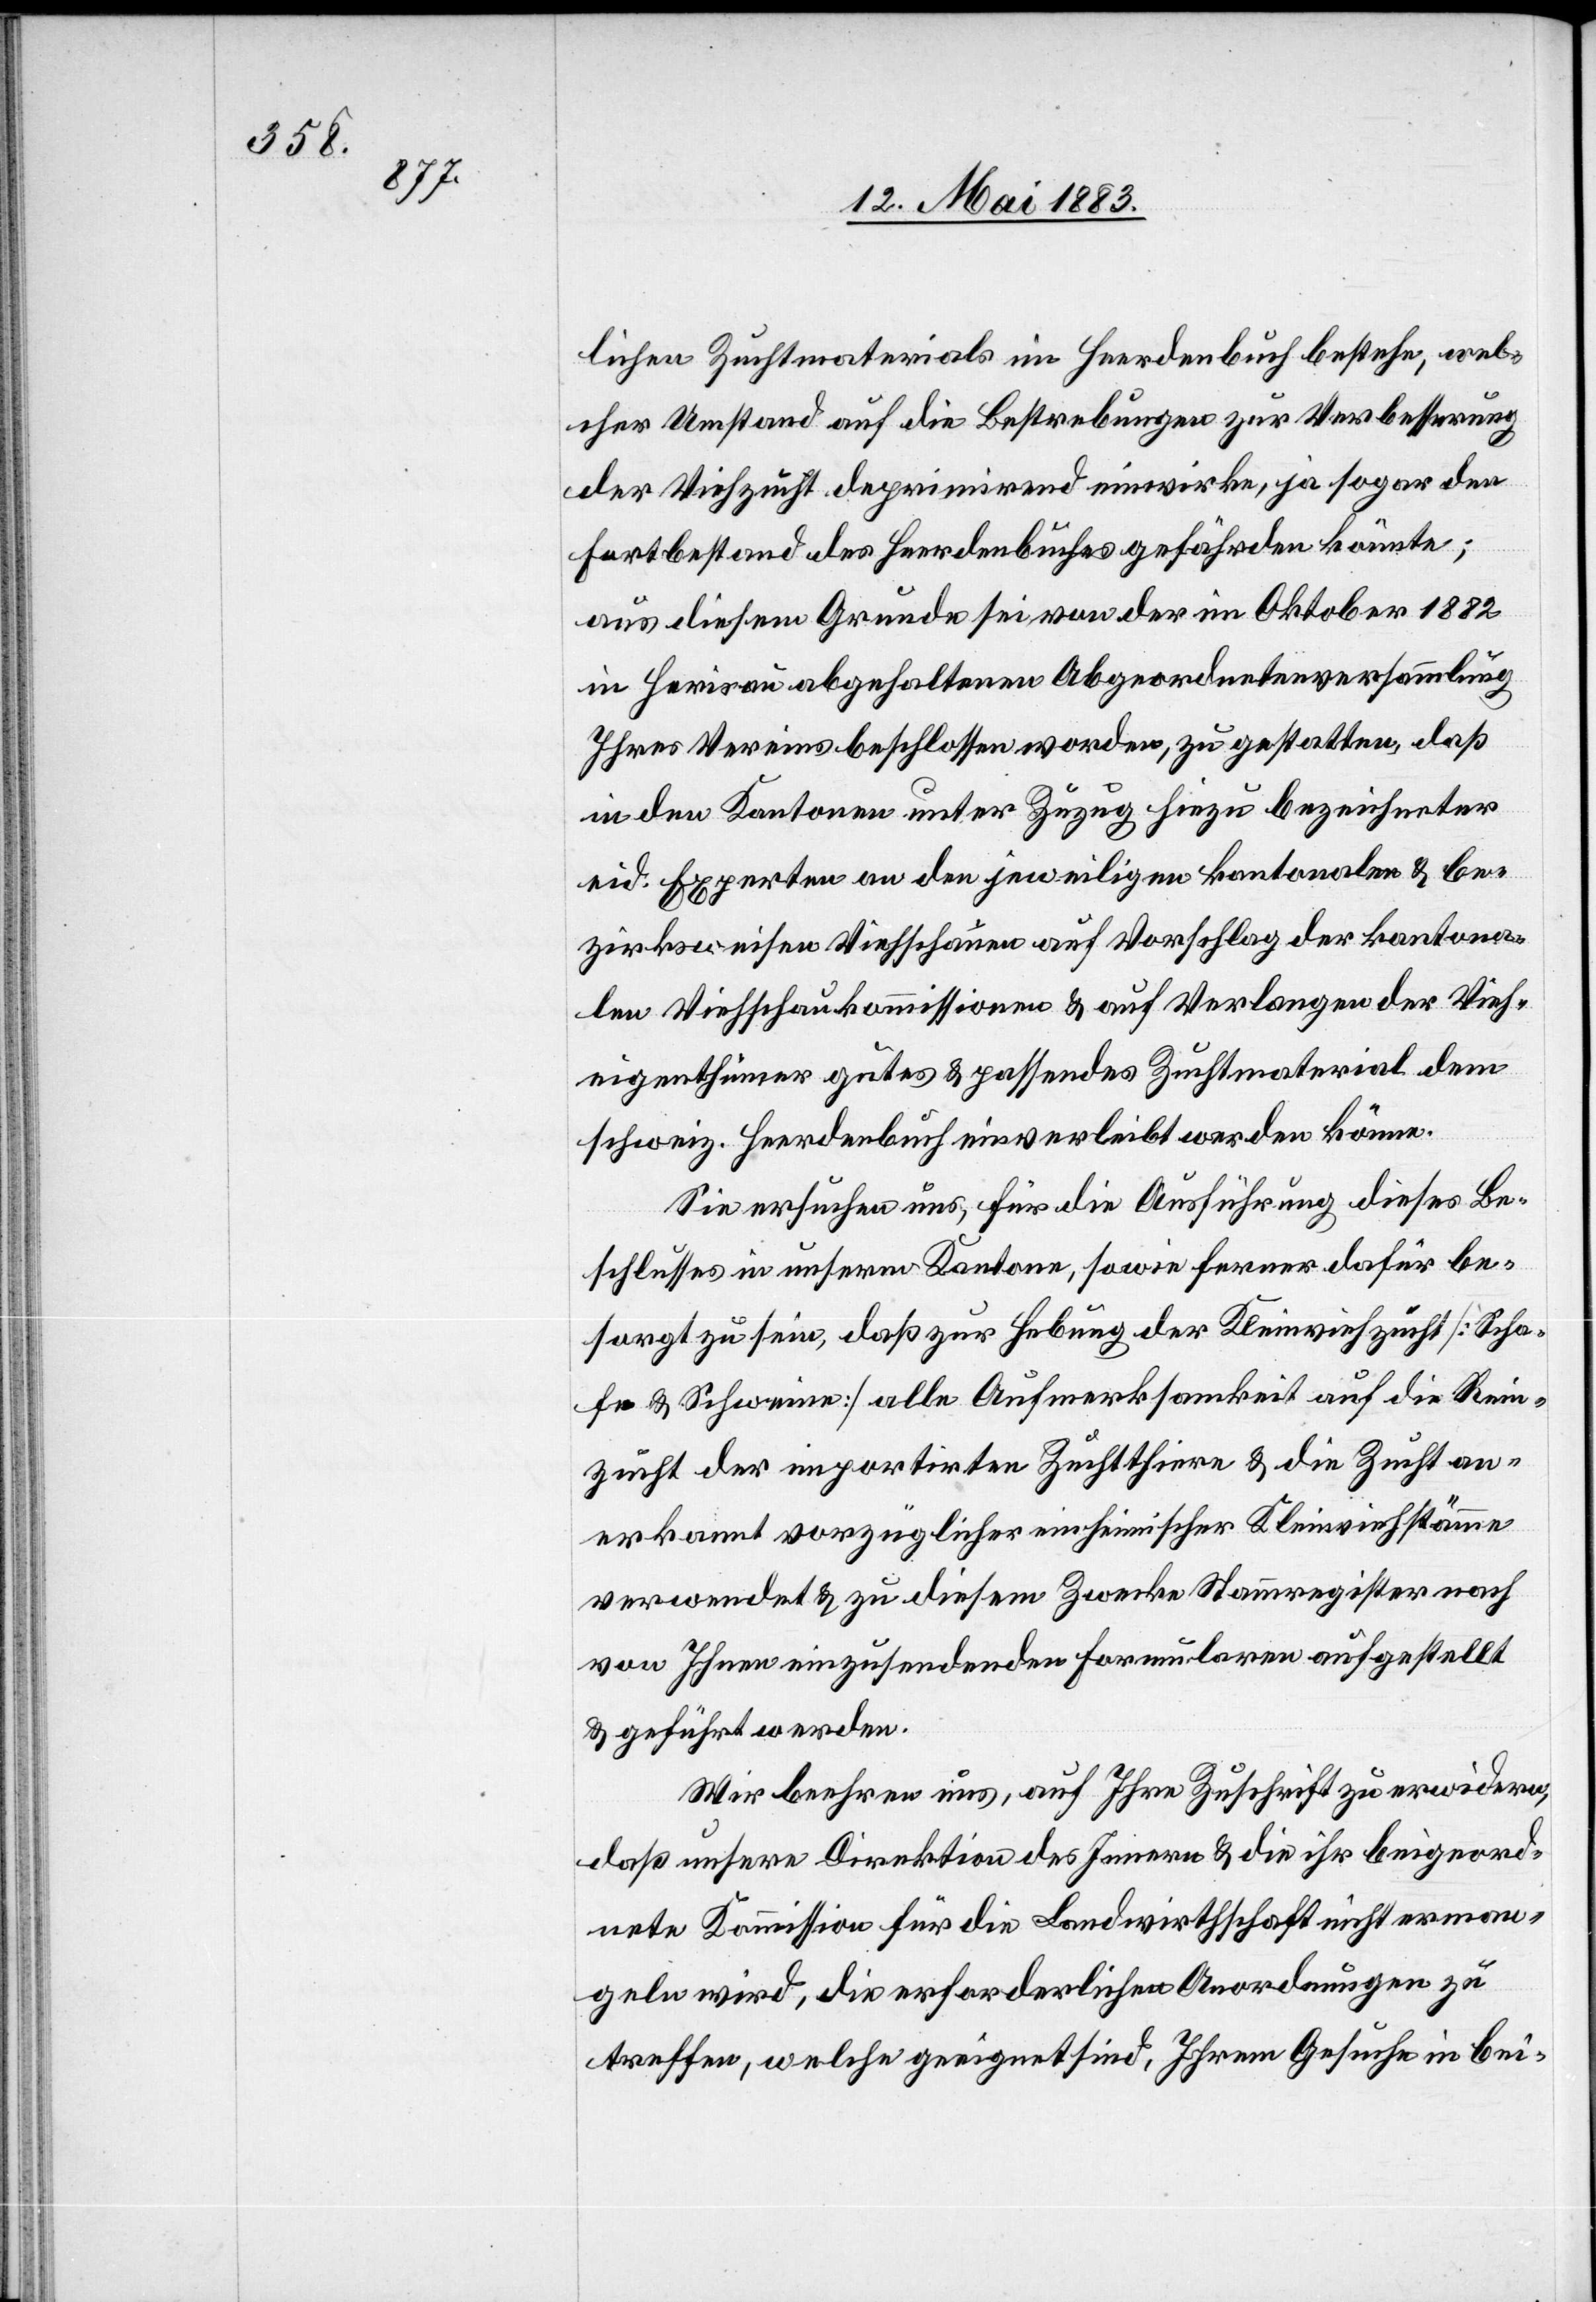
lichen Zuchtmaterials im Herdenbuch bestehe, wel¬
cher Umstand auf die Bestrebungen zur Verbesserung
der Viehzucht deprimirend einwirke, ja sogar den
Fortbestand des Herdenbuches gefährden könnte;
aus diesem Grunde sei von der im Oktober 1882
in Herisau abgehaltenen Abgeordnetenversammlung
Ihres Vereins beschlossen worden, zu gestatten, daß
in den Kantonen unter Zuzug hiezu bezeichneter
eid. Experten an den jeweiligen kantonalen & be¬
zirksweisen Viehschauen auf Vorschlag der kantona¬
len Viehschaukommissionen & auf Verlangen der Vieh¬
eigenthümer gutes & passendes Zuchtmaterial dem
schweiz. Herdenbuch einverleibt werden könne.
Sie ersuchen uns, für die Ausführung dieses Be¬
schlusses in unserem Kantone, sowie ferner dafür be¬
sorgt zu sein, daß zur Hebung der Kleinviehzucht [Scha¬
fe & Schweine] alle Aufmerksamkeit auf die Rein¬
zucht der importirten Zuchtthiere & die Zucht an¬
erkannt vorzüglicher einheimischer Kleinviehstämme
verwendet & zu diesem Zwecke Namensregister nach
von Ihnen einzusendenden Formularen aufgestellt
& geführt werden.
Wir beehren uns, auf Ihre Zuschrift zu erwidern,
daß unsere Direktion des Innern & die ihr beigeord¬
nete Kommission für die Landwirthschaft nicht erman¬
geln wird, die erforderlichen Anordnungen zu
treffen, welche geeignet sind, Ihrem Gesuche in bei-